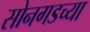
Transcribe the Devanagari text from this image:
सोनगडच्या